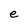
Character: e